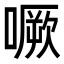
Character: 噘